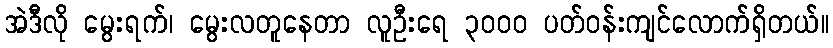
အဲဒီလို မွေးရက်၊ မွေးလတူနေတာ လူဦးရေ ၃၀၀၀ ပတ်ဝန်းကျင်လောက်ရှိတယ်။